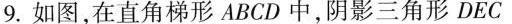
9.如图，在直角梯形ABCD中，阴影三角形DEC